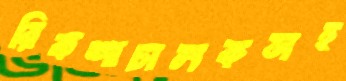
রিকশাচালকসহ